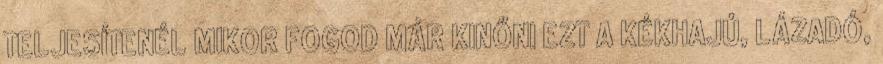
TELJESÍTENÉL MIKOR FOGOD MÁR KINŐNI EZT A KÉKHAJÚ, LÁZADÓ,